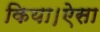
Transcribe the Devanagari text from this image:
किया।ऐसा